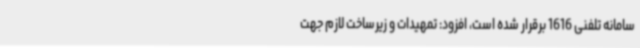
سامانه تلفنی 1616 برقرار شده است، افزود: تمهیدات و زیرساخت لازم جهت